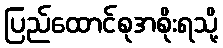
ပြည်ထောင်စုအစိုးရသို့